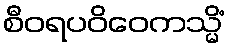
စီဝရပဝိဝေကသ္မိံ